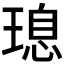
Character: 𮴩